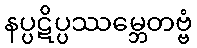
နပ္ပဋိပ္ပဿမ္ဘေတဗ္ဗံ